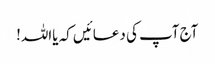
آج آپ کی دعائیں کہ یااللہ!